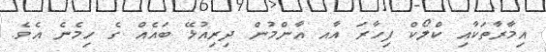
އިމާރާތަކާއި ކްލޯކް ފިހާރަ އާއ އާންމުން ދިރިއުޅޭ ބައެއް ގެ ހިމެނެ އެވެ.